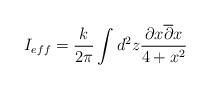
LaTeX: \begin{align*}I_{eff}=\frac {k}{2 \pi} \int d^2z \frac {\partial x\overline {\partial } x}{4+x^2}\end{align*}